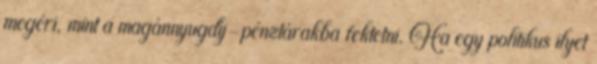
megéri, mint a magánnyugdíj-pénztárakba fektetni. Ha egy politikus ilyet